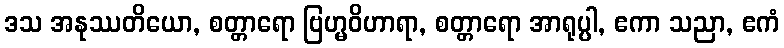
ဒသ အနုဿတိယော, စတ္တာရော ဗြဟ္မဝိဟာရာ, စတ္တာရော အာရုပ္ပါ, ဧကာ သညာ, ဧကံ